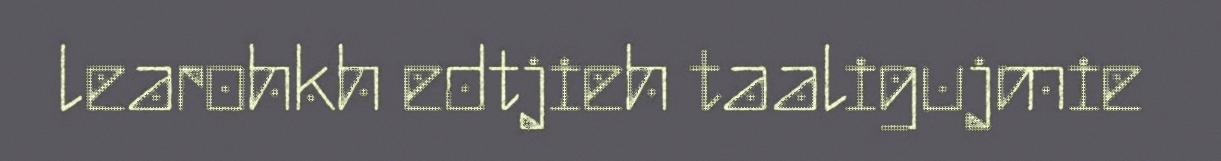
learohkh edtjieh taaligujmie